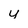
Character: u